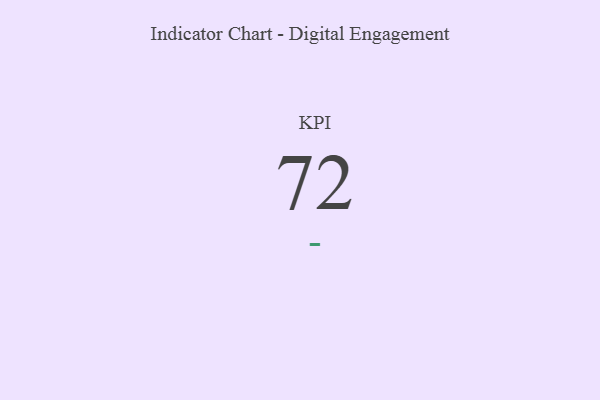
{"axis": {"x": "KPI", "y": "Value"}, "legend": [""], "data": [{"x": "KPI", "y": 72, "type": ""}]}